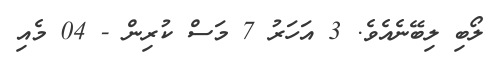
ލޯބި ލިބޭނެއެވެ. 3 އަހަރު 7 މަސް ކުރިން - 04 މެއި